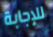
للإجابة